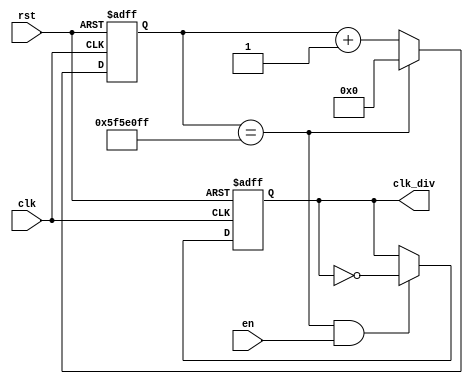
module clkdiv(
    input clk,
    input rst,
	 input en,
    output reg clk_div
    );
	 
	 localparam constantNumber = 100000000;
	 reg [31:0] count;
 
always @ (posedge(clk), posedge(rst))
begin
    if (rst == 1'b1)
        count <= 32'b0;
    else if (count == constantNumber - 1)
        count <= 32'b0;
    else
        count <= count + 1;
end

always @ (posedge(clk), posedge(rst))
begin
    if (rst == 1'b1)
        clk_div <= 1'b0;
    else if (count == constantNumber - 1 && en)
	 
        clk_div <= ~clk_div;
    else
        clk_div <= clk_div;
end
     
 
endmodule